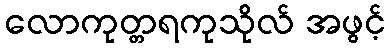
လောကုတ္တရကုသိုလ် အဖွင့်